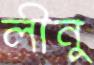
লীনু